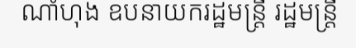
ណាំហុង ឧបនាយករដ្ឋមន្ត្រី រដ្ឋមន្ត្រី